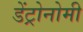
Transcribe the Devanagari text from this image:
डेंट्रोनोमी